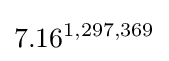
7.16^{1,297,369}